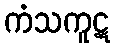
ကံသကူဋ